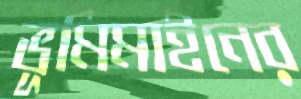
ভূমিমাইনের